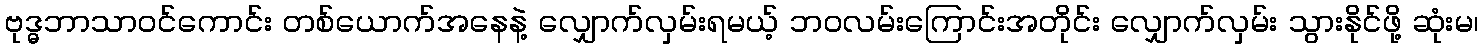
ဗုဒ္ဓဘာသာဝင်ကောင်း တစ်ယောက်အနေနဲ့ လျှောက်လှမ်းရမယ့် ဘဝလမ်းကြောင်းအတိုင်း လျှောက်လှမ်း သွားနိုင်ဖို့ ဆုံးမ၊